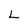
Character: L